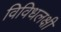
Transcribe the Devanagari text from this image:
विविधलक्षी